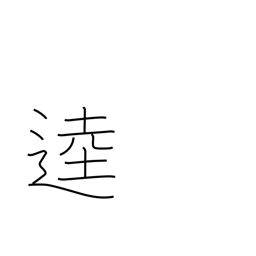
Meaning: broad road